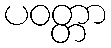
ပဝတ္တာ